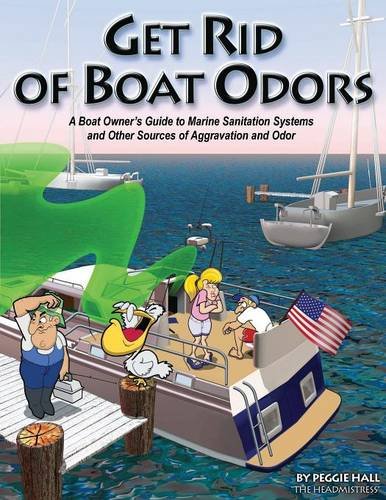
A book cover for Get Rid of Boat Odors; Peggie Hall; Sports & Outdoors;